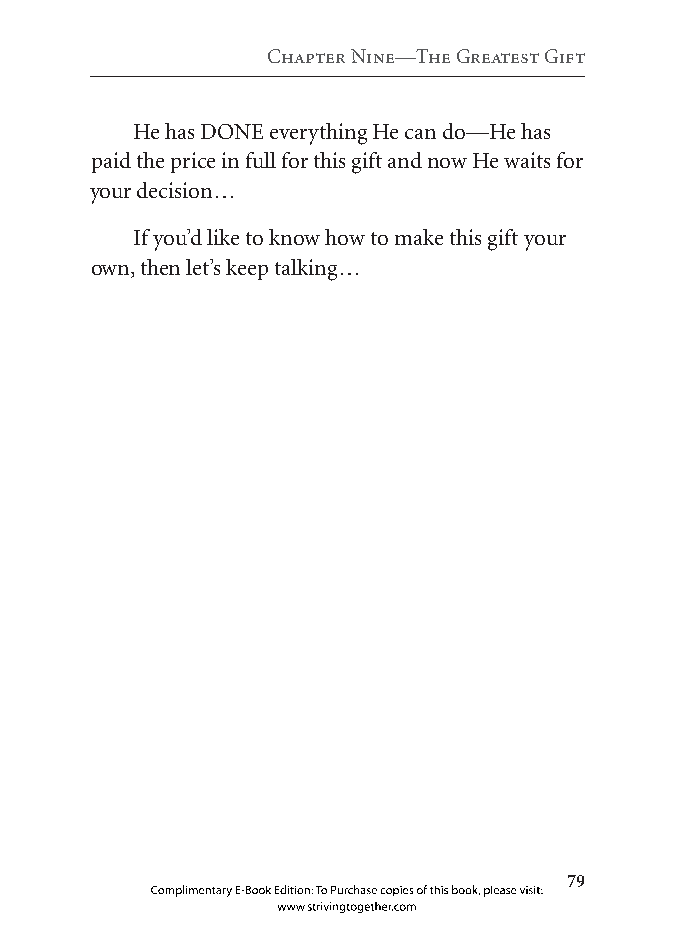
Chapter nine—the greatest gift
 He has DONE everything He can do—He has
 paid the price in full for this gift and now He waits for
 your decision…
 If you’d like to know how to make this gift your
 own, then let’s keep talking…
 
 Complimentary E-Book Edition: To Purchase copies of this book, please visit:
 www.strivingtogether.com